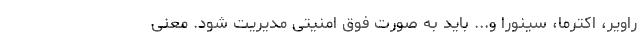
راویر، اکترما، سینورا و... باید به صورت فوق امنیتی مدیریت شود. معنی